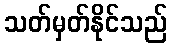
သတ်မှတ်နိုင်သည်